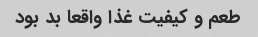
طعم و کیفیت غذا واقعا بد بود